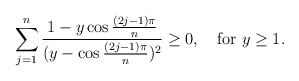
\begin{align*}\sum_{j=1}^n {1 - y \cos {(2j-1)\pi\over n} \over (y - \cos {(2j-1)\pi \over n})^2 } \geq 0, \quad \mbox {for}\ y \geq 1.\end{align*}